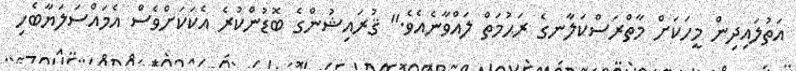
އަތުލައިދިން މީހަކަށް މާތްރަސްކަލާނގެ ރަޙުމަތް ލައްވާނެއެވެ." ޤުރައިޝުންގެ ބޮޑުންކުރެ އެކަކަށްވެސް އެމައްސަލަޔާބެހި